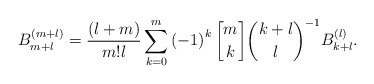
\begin{align*}B_{m+l}^{\left( m+l\right) }=\frac{\left( l+m\right) }{m!l}\sum_{k=0}^{m}\left( -1\right) ^{k}\genfrac{[}{]}{0pt}{}{m}{k}\binom{k+l}{l}^{-1}B_{k+l}^{\left( l\right) }. \end{align*}